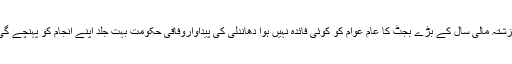
گزشتہ مالی سال کے بڑے بجٹ کا عام عوام کو کوئی فائدہ نہیں ہوا دھاندلی کی پیداواروفاقی حکومت بہت جلد اپنے انجام کو پہنچے گی۔